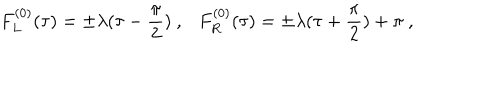
F _ { L } ^ { ( 0 ) } ( \tau ) = \pm \lambda ( \tau - \frac { \pi } { 2 } ) \ , F _ { R } ^ { ( 0 ) } ( \tau ) = \pm \lambda ( \tau + \frac { \pi } { 2 } ) + \pi \ ,